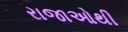
રાજાઓથી